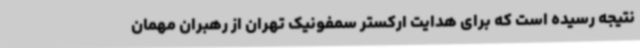
نتیجه رسیده است که برای هدایت ارکستر سمفونیک تهران از رهبران مهمان